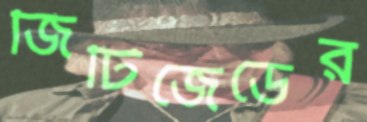
জিটিজেডের